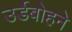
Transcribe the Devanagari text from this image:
उर्डबोहने